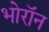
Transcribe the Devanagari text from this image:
भोरॉन